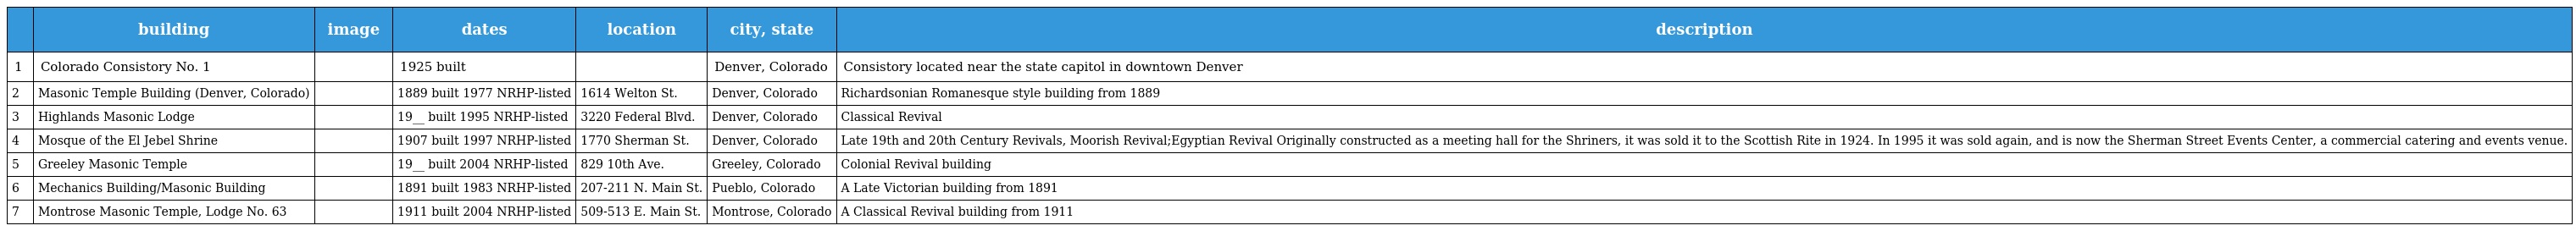
|  | building | image | dates | location | city, state | description |
 | --- | --- | --- | --- | --- | --- | --- |
 | 1 | Colorado Consistory No. 1 |  | 1925 built |  | Denver, Colorado | Consistory located near the state capitol in downtown Denver |
 | 2 | Masonic Temple Building (Denver, Colorado) |  | 1889 built 1977 NRHP-listed | 1614 Welton St. | Denver, Colorado | Richardsonian Romanesque style building from 1889 |
 | 3 | Highlands Masonic Lodge |  | 19__ built 1995 NRHP-listed | 3220 Federal Blvd. | Denver, Colorado | Classical Revival |
 | 4 | Mosque of the El Jebel Shrine |  | 1907 built 1997 NRHP-listed | 1770 Sherman St. | Denver, Colorado | Late 19th and 20th Century Revivals, Moorish Revival;Egyptian Revival Originally constructed as a meeting hall for the Shriners, it was sold it to the Scottish Rite in 1924. In 1995 it was sold again, and is now the Sherman Street Events Center, a commercial catering and events venue. |
 | 5 | Greeley Masonic Temple |  | 19__ built 2004 NRHP-listed | 829 10th Ave. | Greeley, Colorado | Colonial Revival building |
 | 6 | Mechanics Building/Masonic Building |  | 1891 built 1983 NRHP-listed | 207-211 N. Main St. | Pueblo, Colorado | A Late Victorian building from 1891 |
 | 7 | Montrose Masonic Temple, Lodge No. 63 |  | 1911 built 2004 NRHP-listed | 509-513 E. Main St. | Montrose, Colorado | A Classical Revival building from 1911 |